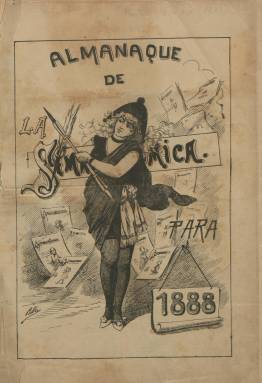
Título: La Semana cómica
Otros títulos: Almanaque de La Semana cómica
Colección: Revistas satíricas y humorísticas
Ámbito geográfico: Barcelona
Lugar de publicación: Barcelona
Fechas: 01/01/1888-02/08/1894

Una de las “buenas” revistas de carácter humorístico y satírico y también literario festivo de finales del siglo diecinueve, a juicio de José María López Ruiz (2006) y otros estudiosos, publicada en Barcelona a partir de mediados del año 1887, que estuvo dirigida por José Fernández de la Reguera, que fue también colaborador de Barcelona cómica (1889). Su director artístico será Eduardo Sáenz Hermúa (1859-1898), uno de los grandes pioneros de la historieta gráfica española e “intencionado” caricaturista (Ossorio y Bernard: 1904), conocido por su seudónimo Mecáchis, aunque también firmó como Augusto Marnaz, que previamente había fundado y dirigido La caricatura (1884) y Don Quijote (1887), y después será también director artístico de la revista Blanco y negro (1891), antes de fallecer a la temprana edad de 37 años.

Sus entregas semanales (aparecía los jueves) fueron al principio de ocho páginas, que después duplicó, compuestas a dos columnas, pero algunas de ellas a una. Toma también los subtítulos de “periódico ilustrado literario” y “revista literaria ilustrada”, y llegará a utilizar dos tintas para la estampación de sus grabados. Su cabecera, insertada en un grabado, también varía. La portada la ocupa por completo una ilustración, casi siempre con una caricatura o un retrato, bajo el epígrafe Nuestros pintores, actores, grabadores, escritores y escritoras, cómicos, tiples cómicas, políticos o periodistas, o Tipos de belleza (retratos de mujeres). En sus páginas se alternan los textos de variado estilo humorístico y festivo, además de chirigotas o poemas, con dibujos, otras caricaturas, chistes y tiras e historietas cómicas y gráficas, ocupando estas algunas páginas completas y siempre las dos centrales. Y al final, algunos anuncios.

Entre sus redactores estuvieron Ricardo J. Catarineu, Emilio de Motta, A. Pérez Nieva, J. Pérez Zúñiga, J. Puyol Bosque, J. Roca y Roca, Ángel R. Chaves, A. Sánchez Pérez, F. Segura, J. Zahonero, M. de los Ríos y Luis Royo y Villanova, autor éste de una crónica semanal, así como el entonces joven poeta, jurisconsulto y militante republicano progresista puertorriqueño José de Diego (1866-1911). Y entre las decenas de firmas de sus textos aparecen también los nombres de de Pedro Antonio de Alarcón, J. Alcalá Galiano, Vital Aza, Eusebio y Ricardo Blasco, Luis Bonafoux, M. Bretón de los Herreros, Eduardo Bustillo, Carlos y Leopoldo Cano, Mariano de Cavia, Clarín, Rubén Darío, Sinesio Delgado, J. Dicenta, José Echegaray, José Feliu y Codina, José Fernández Bremón, Carlos Frontaura, Teodoro Guerrero, J.E. Hartzenbusch, Luis Mariano de Larra, J. Martínez Villergas, Juan Pedro Mesa León, Gaspar Núñez de Arce, Manuel del Palacio, Melchor de Palau, Jacinto Octavio Picón, Salvador Rueda, Ventura Ruiz Aguilera, Eugenio Sellés, Manuel Soriano, Luis Taboada, Manuel Tamayo y Baus, José María de la Torre, Vital Aza, Juan Valera. José Zorilla o Manuel Gil de Oto (1870-1939), que usó el seudónimo Miguel Toledano de Escalante.

En sus caricaturas, dibujos y humor gráfico, además del citado Mecáchis, aparecen las firmas de Melitón González, seudónimo de Pablo Parellada (1855-1944); de Gaspar Fernández de la Reguera, hermano del director y que usó el seudónimo Areuger; Ramón Escaler i Ullastre (1862-1893), Ramón Cilla, Ángel Pons, Juan Rovira, Caran d’Ache, Benlliure, Blanch, Camarero, Camouche, Carrasco, Cuchy, Espinós, Figuer, Gerbault, Grenville, Labarta, Lago, Luque, Martí, Nicolau, Pahissa, Pando, Planas, Perea, Renau, Ross, Santos, Sorribas, Junyent, Urrutia, Vázquez o Ventosa, algunas de las cuales también aparecen bajo textos.

En cuanto a la colaboración en la revista del artista Apel.les Mestres (1854-1936), Manuel Barrero (2011) resalta su despliegue icónico inaudito. También Barrero indica que en La semana cómica barcelonesa se encuentran los primeros burdos “bocadillos” (tiras con diálogo) en la historia del humorismo gráfico español, obra del citado Escaler. Asimismo, el dibujante Figuer se adelantará en décadas en esta revista a la utilización minimalista de la figuración gráfica. Véase también al respecto el trabajo sobre la historieta gráfica española de Jiménez Varea (2011).

Tras publicar, en su séptimo año de edición, el número 18, correspondiente al 27 de mayo de 1897, en el que aparecen algunas fotografías de unas artistas italianas, el 13 de julio de ese mismo año reinicia nueva secuencia. En esta entrega indica el tipo de contenidos de la publicación: acertijos, agudezas, anécdotas, aventuras, barbaridades, bobadas, burlas, consejos, cuentos, curiosidades, chanzas, fábulas, frases, máximas, mofas, ocurrencias, pensamientos, inocencias, ironías, tretas, zumbas, vapuleos, picardías… “todo menos pornografía”. Aparecerá entonces como su director Alberto Llanas, y como administrador, A. Calzada, siendo éste reemplazado después por Luis Bru, cuando también aparezca como nuevo director Bachiller Sansón Carrasco, seudónimo del escritor y periodista Ramón Orts Ramos.

La colección de la Biblioteca Nacional de España comienza en enero de 1888, con el primer Almanaque anual de la revista, que suele publicarlo ese mes. Cada entrega comienza con un sumario y, al principio, en la última entrega de diciembre incluye un índice anual de autores (escritores y artistas) de los textos (indicando también sus seudónimos), de los grabados y de los dibujantes. La colección acaba en el número 30, correspondiente al dos de agosto de 1894.